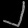
Digit: ၂